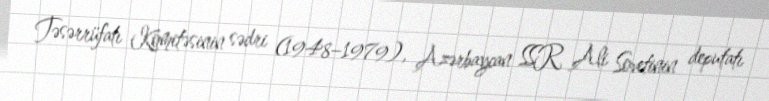
Təsərrüfatı Komitəsinin sədri (1948–1979), Azərbaycan SSR Ali Sovetinin deputatı